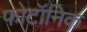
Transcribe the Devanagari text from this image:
फोटॉनिक